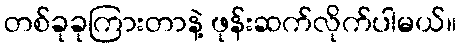
တစ်ခုခုကြားတာနဲ့ ဖုန်းဆက်လိုက်ပါမယ်။